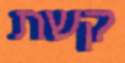
קשת